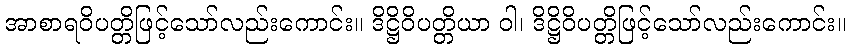
အာစာရဝိပတ္တိဖြင့်သော်လည်းကောင်း။ ဒိဋ္ဌိဝိပတ္တိယာ ဝါ၊ ဒိဋ္ဌိဝိပတ္တိဖြင့်သော်လည်းကောင်း။